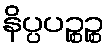
နိပ္ပပဉ္စဉ္စ